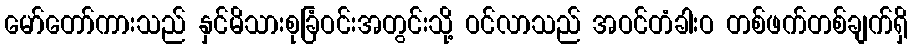
မော်တော်ကားသည် နှင်မိသားစုခြံဝင်းအတွင်းသို့ ဝင်လာသည် အဝင်တံခါးဝ တစ်ဖက်တစ်ချက်ရှိ